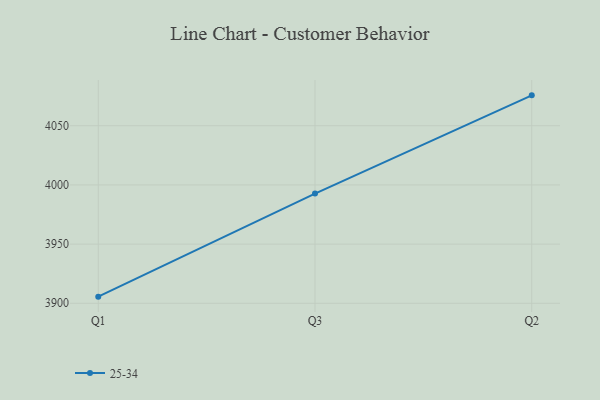
{"axis": {"x": "Quarter", "y": "Demand Index"}, "legend": ["25-34"], "data": [{"x": "Q1", "y": 3905.6, "type": "25-34"}, {"x": "Q3", "y": 3992.7, "type": "25-34"}, {"x": "Q2", "y": 4075.7, "type": "25-34"}]}